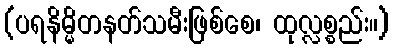
(ပရနိမ္မိတနတ်သမီးဖြစ်စေ၊ ထုလ္လစ္စည်း။)